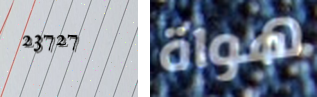
23727 هواة